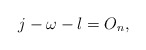
\begin{align*}j-\omega-l = O_n, \end{align*}